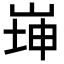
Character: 𡸼